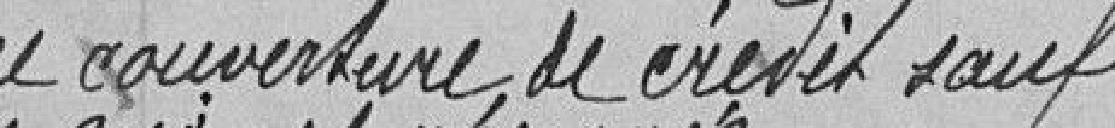
comme couverture le crédit sauf